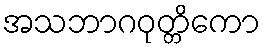
အသဘာဂဝုတ္တိကော